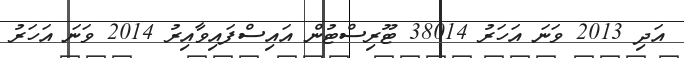
އަދި 2013 ވަނަ އަހަރު 38014 ޓޫރިސްޓުން އައިސްފައިވާއިރު 2014 ވަނަ އަހަރު